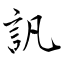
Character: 訉